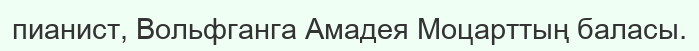
пианист, Вольфганга Амадея Моцарттың баласы.